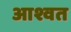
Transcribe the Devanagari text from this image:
आश्वत